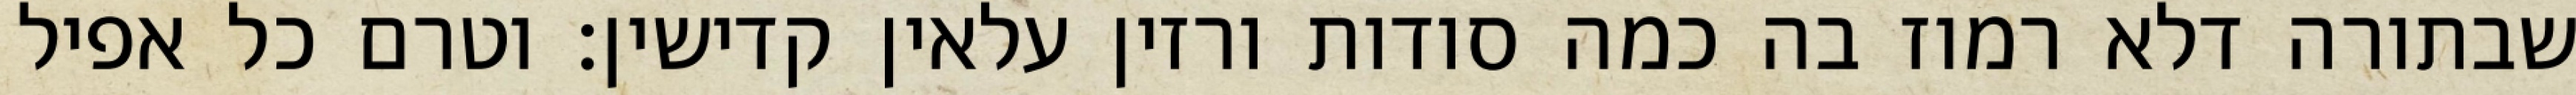
שבתורה דלא רמוז בה כמה סודות ורזין עלאין קדישין: וטרם כל אפיל